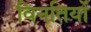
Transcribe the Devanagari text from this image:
विनतियों